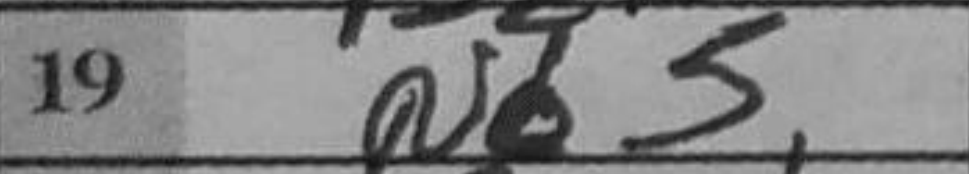
Transcription: Nd5